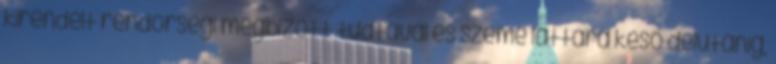
kirendelt rendőrségi megbízott tudtával és szeme láttára késő délutánig,